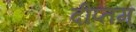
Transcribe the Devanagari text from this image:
दीप्तम्